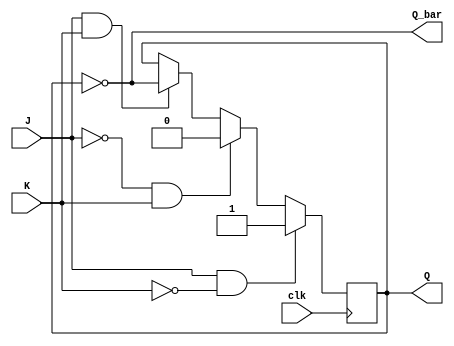
module JK_ff (
    input clk,
    input J,
    input K,
    output reg Q,
    output reg Q_bar
);

reg Q_temp;

always @(posedge clk) begin
    if (J && !K) begin
        Q_temp <= 1;
    end else if (!J && K) begin
        Q_temp <= 0;
    end else if (J && K) begin
        Q_temp <= ~Q;
    end
end

always @* begin
    Q <= Q_temp;
    Q_bar <= ~Q_temp;
end

endmodule